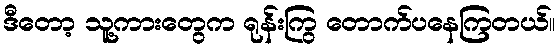
ဒီတော့ သူ့ကားတွေက ရုန်းကြွ တောက်ပနေကြတယ်။